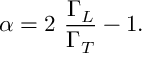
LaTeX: \alpha = 2 ~ \frac { \Gamma _ { L } } { \Gamma _ { T } } - 1 .